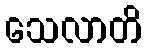
သေလာတိ